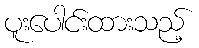
ပူးပေါင်းထားသည့်